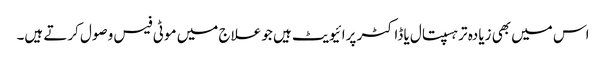
اس میں بھی زیادہ تر ہسپتال یا ڈاکٹر پرائیویٹ ہیں جو علاج میں موٹی فیس وصول کرتے ہیں۔